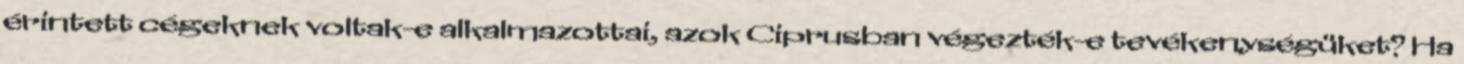
érintett cégeknek voltak-e alkalmazottai, azok Ciprusban végezték-e tevékenységüket? Ha